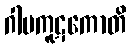
ဂါမကူဋကောတိ